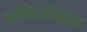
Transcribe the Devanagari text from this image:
नासिओनाल